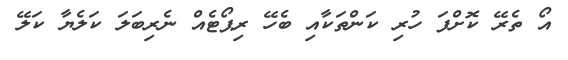
އޯ ތެރޭ ކޮށްފަ ހުރި ކަންތަކާއި ބެހޭ ރިޕޯޓެއް ނެރިބަލަ ކަލެޔާ ކަލޭ